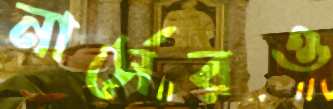
নার্সেরও